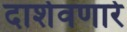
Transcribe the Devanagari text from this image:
दार्शवणारे